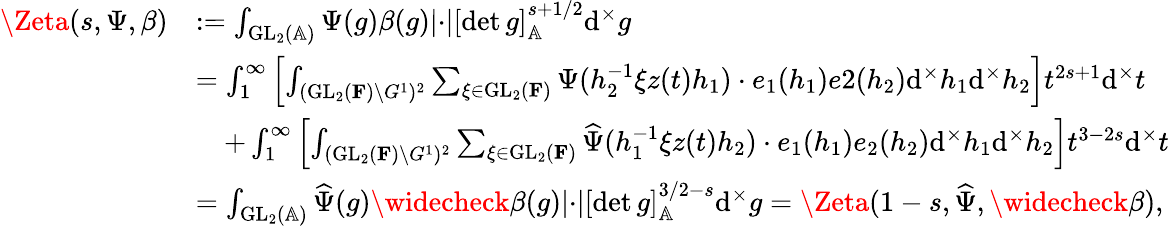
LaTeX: \begin{array}{rl}{\Zeta(s,\Psi,\beta)}&{:=\int_{\mathrm{GL}_{2}(\mathbb{A})}\Psi(g)\beta(g)\lvert\cdot\rvert[\operatorname*{det}g]_{\mathbb{A}}^{s+1/2}\mathrm{d}^{\times}g}\\ &{=\int_{1}^{\infty}\left[\int_{(\mathrm{GL}_{2}(\mathbf{F})\backslash G^{1})^{2}}\sum_{\xi\in\mathrm{GL}_{2}(\mathbf{F})}\Psi(h_{2}^{-1}\xi z(t)h_{1})\cdot e_{1}(h_{1})e2(h_{2})\mathrm{d}^{\times}h_{1}\mathrm{d}^{\times}h_{2}\right]t^{2s+1}\mathrm{d}^{\times}t}\\ &{\quad+\int_{1}^{\infty}\left[\int_{(\mathrm{GL}_{2}(\mathbf{F})\backslash G^{1})^{2}}\sum_{\xi\in\mathrm{GL}_{2}(\mathbf{F})}\widehat{\Psi}(h_{1}^{-1}\xi z(t)h_{2})\cdot e_{1}(h_{1})e_{2}(h_{2})\mathrm{d}^{\times}h_{1}\mathrm{d}^{\times}h_{2}\right]t^{3-2s}\mathrm{d}^{\times}t}\\ &{=\int_{\mathrm{GL}_{2}(\mathbb{A})}\widehat{\Psi}(g)\widecheck{\beta}(g)\lvert\cdot\rvert[\operatorname*{det}g]_{\mathbb{A}}^{3/2-s}\mathrm{d}^{\times}g=\Zeta(1-s,\widehat{\Psi},\widecheck{\beta}),}\end{array}